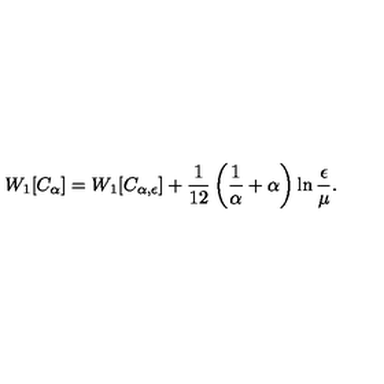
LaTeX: W _ { 1 } [ C _ { \alpha } ] = W _ { 1 } [ C _ { \alpha , \epsilon } ] + { \frac { 1 } { 1 2 } } \left( { \frac { 1 } { \alpha } } + \alpha \right) \ln { \frac { \epsilon } { \mu } } .